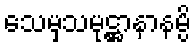
သေမှသမုဋ္ဌာနာနမ္ပိ